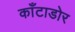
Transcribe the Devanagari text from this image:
काँटाडोर